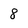
Character: 8